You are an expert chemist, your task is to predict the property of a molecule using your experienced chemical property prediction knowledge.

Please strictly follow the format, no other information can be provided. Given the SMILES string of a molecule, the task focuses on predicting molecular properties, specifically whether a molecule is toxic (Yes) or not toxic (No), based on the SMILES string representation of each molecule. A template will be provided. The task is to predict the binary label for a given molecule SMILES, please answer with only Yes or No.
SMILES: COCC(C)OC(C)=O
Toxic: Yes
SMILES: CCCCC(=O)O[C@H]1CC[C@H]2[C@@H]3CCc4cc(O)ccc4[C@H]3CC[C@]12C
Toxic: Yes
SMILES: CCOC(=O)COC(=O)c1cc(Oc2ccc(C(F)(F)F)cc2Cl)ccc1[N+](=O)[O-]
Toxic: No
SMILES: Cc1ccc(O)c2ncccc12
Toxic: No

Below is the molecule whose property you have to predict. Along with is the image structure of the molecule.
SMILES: O=C(CCOCCOCCOCCOCCC(=O)Nc1c(I)cc(I)c(C(=O)O)c1I)Nc1c(I)cc(I)c(C(=O)O)c1I
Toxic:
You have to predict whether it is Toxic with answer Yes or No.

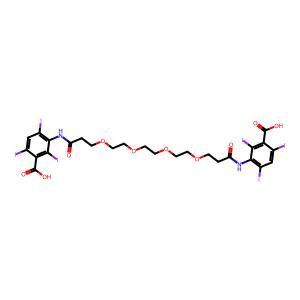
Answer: No